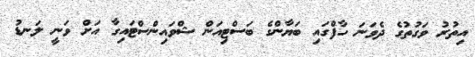
އިތުރު ވަގުތުގެ ދެވަނަ ހާފްގައި ބަޔާންގެ ބަސްޓިއަން ޝްވައިންސްޓައިގާ އަށް ވަނީ ލަނޑު